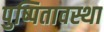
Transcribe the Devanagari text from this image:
पुष्पितावस्था